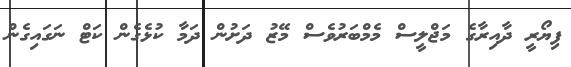
ފިޔޯރީ ދާއިރާގެ މަޖްލީސް މެމްބަރުވެސް މޭޒު ދަށުން ދަމާ ކުޅެގެން ކަޓް ނަގައިގެން